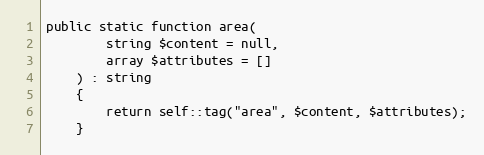
Language: PHP
public static function area(
        string $content = null,
        array $attributes = []
    ) : string
    {
        return self::tag("area", $content, $attributes);
    }